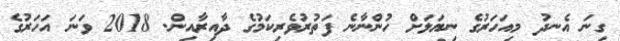
ގިނަ އެނދު މިއަހަރުގެ ނިޔަލަށް ހުންނާނެ ފަތުރުވެރިކަމުގެ ދާއިރާއިން. 2018 ވަނަ އަހަރުގެ